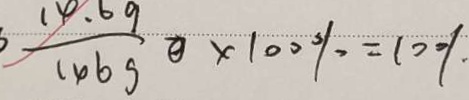
\frac { 1 4 . 6 9 } { 1 4 6 9 } ) \times 1 0 0 \% = 1 0 0 、 %